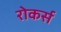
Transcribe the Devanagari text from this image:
रोकर्स